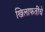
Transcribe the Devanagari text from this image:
खिलाफतींचे